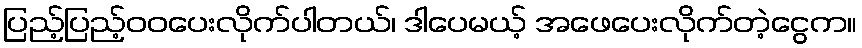
ပြည့်ပြည့်ဝဝပေးလိုက်ပါတယ်၊ ဒါပေမယ့် အဖေပေးလိုက်တဲ့ငွေက။